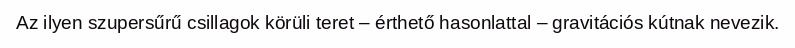
Az ilyen szupersűrű csillagok körüli teret – érthető hasonlattal – gravitációs kútnak nevezik.